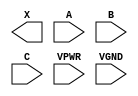
module sky130_fd_sc_hs__xnor3 (
    X   ,
    A   ,
    B   ,
    C   ,
    VPWR,
    VGND
);

    output X   ;
    input  A   ;
    input  B   ;
    input  C   ;
    input  VPWR;
    input  VGND;
endmodule